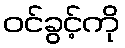
ဝင်ခွင့်ကို